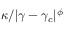
\kappa / | \gamma - \gamma _ { c } | ^ { \phi }